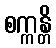
စက္ကန္တိ